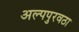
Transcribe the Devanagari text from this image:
अल्पपुरवठा